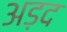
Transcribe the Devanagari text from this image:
अड़द